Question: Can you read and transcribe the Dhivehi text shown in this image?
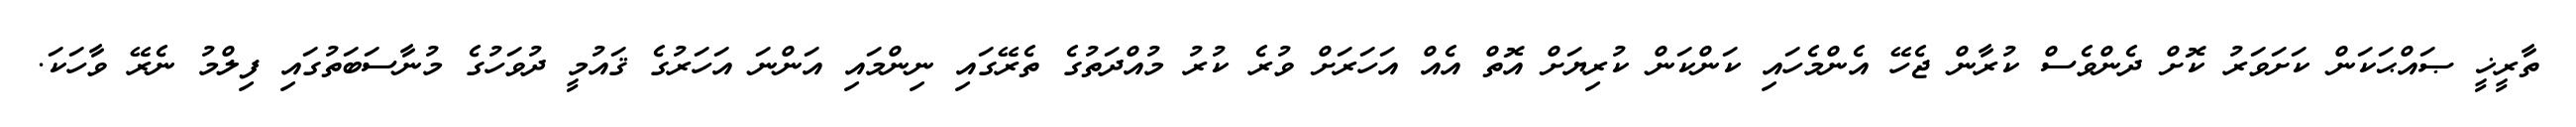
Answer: ތާރީޚީ ޞައްޙަކަން ކަށަވަރު ކޮށް ދެންވެސް ކުރާން ޖެހޭ އެންމެހައި ކަންކަން ކުރިޔަށް އޮތް އެއް އަހަރަށް ވުރެ ކުރު މުއްދަތުގެ ތެރޭގައި ނިންމައި އަންނަ އަހަރުގެ ޤައުމީ ދުވަހުގެ މުނާސަބަތުގައި ފިލްމު ނެރޭ ވާހަކަ.